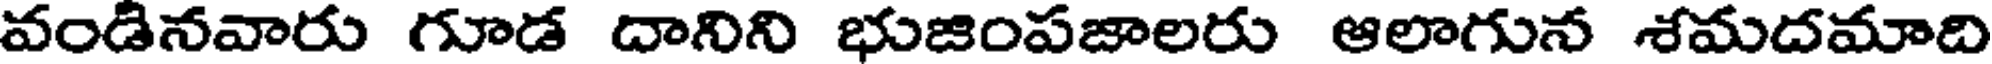
వండినవారు గూడ దానిని భుజింపజాలరు ఆలాగున శమదమాది